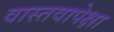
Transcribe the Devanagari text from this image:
वास्तवापेक्षा